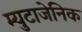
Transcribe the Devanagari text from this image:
म्युटाजेनिक